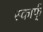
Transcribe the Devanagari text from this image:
स्कार्फ्